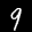
Label: 9